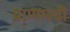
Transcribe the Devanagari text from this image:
प्राणमयी